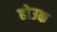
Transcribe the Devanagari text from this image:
होउक